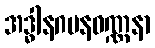
အဒ္ဓါနဂမနဝဏ္ဏနာ